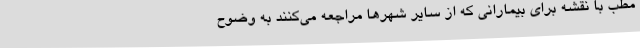
مطب با نقشه برای بیمارانی که از سایر شهرها مراجعه می‌کنند به وضوح